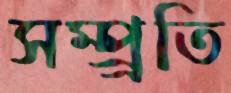
সম্প্র্রতি